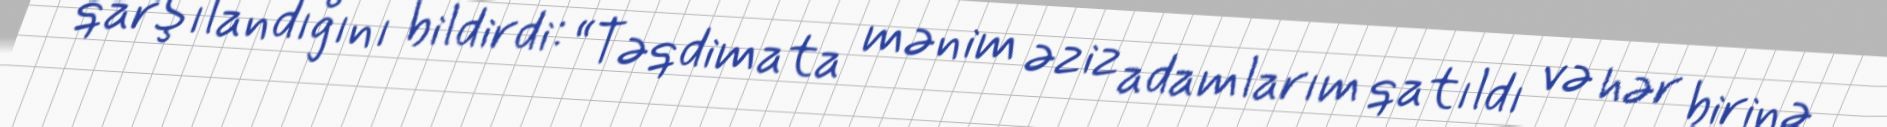
qarşılandığını bildirdi: “Təqdimata mənim əziz adamlarım qatıldı və hər birinə